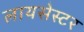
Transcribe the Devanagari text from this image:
लायसेस्टर